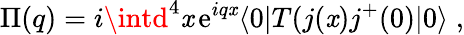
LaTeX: \Pi(q)=i\intd^{4}\mathit{x}\, \mathrm{{e}}^{iq\mathit{x}}\langle0|T(j(\mathit{x})j^{+}(0)|0\rangle\; ,